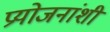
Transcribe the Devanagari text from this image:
प्रयोजनांशी